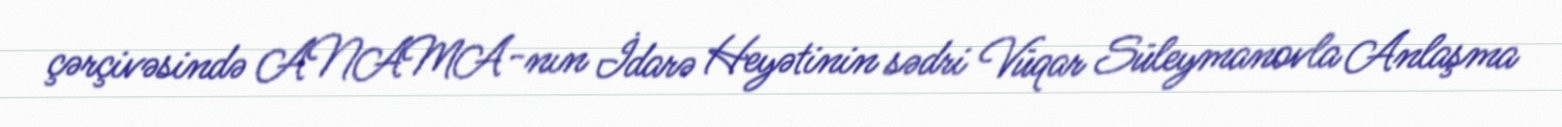
çərçivəsində ANAMA-nın İdarə Heyətinin sədri Vüqar Süleymanovla Anlaşma